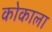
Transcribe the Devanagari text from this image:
कोकाला